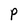
Character: p